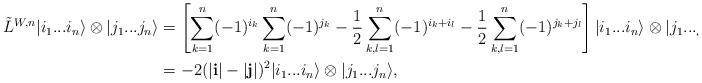
LaTeX: \begin{align*}\tilde{L}^{W,n}|i_1...i_n\rangle\otimes|j_1...j_n\rangle&=\left[ \sum_{k=1}^n(-1)^{i_k} \sum_{k=1}^n(-1)^{j_k}-\frac{1}{2}\sum_{k,l=1}^n (-1)^{i_k+i_l}-\frac{1}{2}\sum_{k,l=1}^n(-1)^{j_k+j_l} \right]|i_1...i_n\rangle\otimes |j_1...j_n\rangle\\&=-2(|\mathbf{i}|-|\mathbf{j}|)^2|i_1...i_n\rangle\otimes|j_1...j_n\rangle,\end{align*}